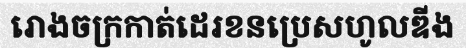
រោងចក្រកាត់ដេរខនប្រេសហូលឌីង